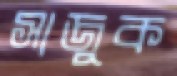
সাজুক